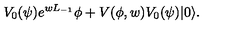
V _ { 0 } ( \psi ) e ^ { w L _ { - 1 } } \phi + V ( \phi , w ) V _ { 0 } ( \psi ) | 0 \rangle .